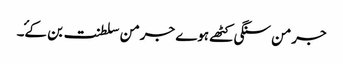
جرمن سنگی کٹھے ہوے جرمن سلطنت بن کۓ۔